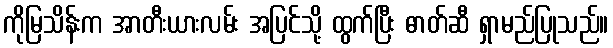
ကိုမြသိန်းက အာတီးယားလမ်း အပြင်သို့ ထွက်ပြီး ဓာတ်ဆီ ရှာမည်ပြုသည်။